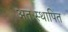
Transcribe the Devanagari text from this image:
अतःस्थापित